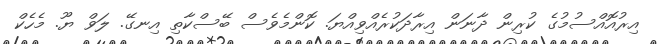
އިރުއޮއްސުމުގެ ކުރިން ދާނަން އިރާދަކުރެއްވިއްޔަ. ކޮންމެވެސް ބޭސްކާތި އިނގޭ. ލަވް ޔޫ. މެހެކް